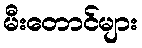
မီးတောင်များ